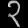
Digit: ၃